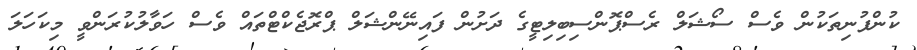
ކުންފުނިތަކުން ވެސް ސޯޝަލް ރެސްޕޮންސިބިލިޓީގެ ދަށުން ފައިނޭންޝަލް ޕްރޮޖެކްޓްތައް ވެސް ހަވާލުކުރަންވީ މިކަހަލަ